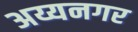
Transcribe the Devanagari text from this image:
अय्यनगर